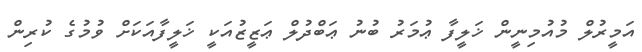
އަމީރުލް މުއުމިނީން ޚަލީފާ ޢުމަރު ބުނު ޢަބްދުލް ޢަޒީޒުއަކީ ޚަލީފާއަކަށް ވުމުގެ ކުރިން